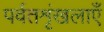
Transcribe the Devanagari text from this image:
पर्वतशृंखलाएँ